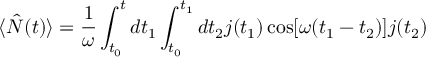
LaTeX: \langle \hat { N } ( t ) \rangle = \frac { 1 } { \omega } \int _ { t _ { 0 } } ^ { t } d t _ { 1 } \int _ { t _ { 0 } } ^ { t _ { 1 } } d t _ { 2 } j ( t _ { 1 } ) \cos [ \omega ( t _ { 1 } - t _ { 2 } ) ] j ( t _ { 2 } )